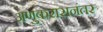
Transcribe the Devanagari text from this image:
अणुकरारानंतर